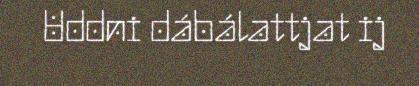
Uddni dábálattjat ij